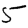
Digit: 5